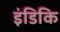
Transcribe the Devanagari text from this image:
इंडिकि